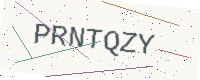
Text: PRNTQZY